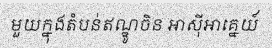
មួយក្នុងតំបន់ឥណ្ឌូចិន អាស៊ីអាគ្នេយ៍